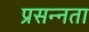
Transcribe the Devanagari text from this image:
प्रसन्‍नता